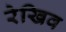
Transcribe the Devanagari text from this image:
रेखिव